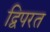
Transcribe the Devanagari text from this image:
द्विपरत